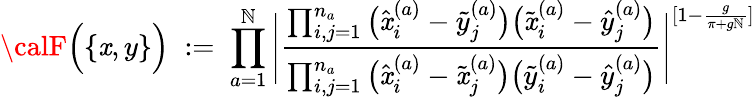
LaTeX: {\calF}\Big(\{ \mathit{x},y\} \Big)\; :=\; \prod_{a=1}^{\mathbb{N}}\Bigg|\frac{{\prod_{i,j=1}^{n_{a}}\big(\hat{{\mathit{x}}}_{i}^{(a)}-\tilde{{y}}_{j}^{(a)}\big)\big(\tilde{{\mathit{x}}}_{i}^{(a)}-\hat{{y}}_{j}^{(a)}\big)}}{{\prod_{i,j=1}^{n_{a}}\big(\hat{{\mathit{x}}}_{i}^{(a)}-\tilde{{\mathit{x}}}_{j}^{(a)}\big)\big(\tilde{{y}}_{i}^{(a)}-\hat{{y}}_{j}^{(a)}\big)}}\Bigg|^{[1-\frac{{g}}{{\pi+g\mathbb{N}}}]}